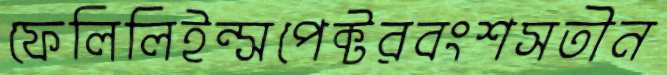
ফেলিলিইন্সপেক্টরবংশসতীন